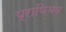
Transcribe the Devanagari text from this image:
प्राणिभव